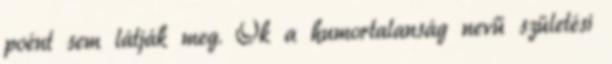
poént sem látják meg. Ők a humortalanság nevű születési